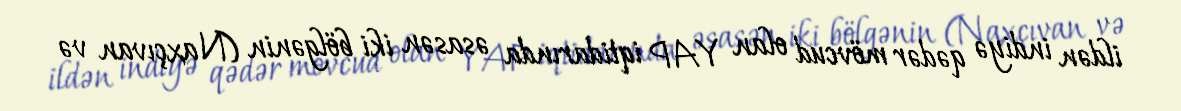
ildən indiyə qədər mövcud olan YAP iqtidarında əsasən iki bölgənin (Naxçıvan və